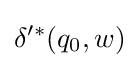
\delta '^{*}(q_{0},w)